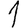
Digit: 1